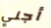
أجني